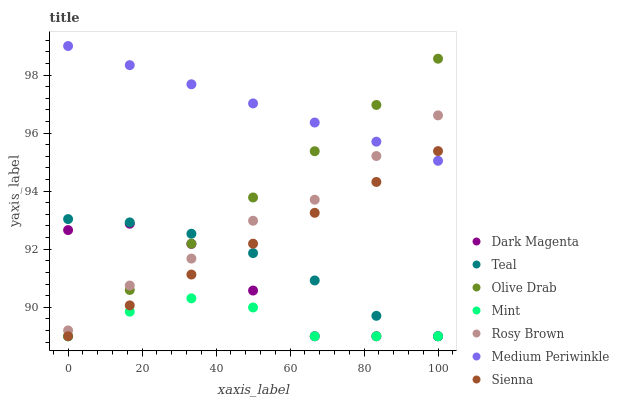
| xaxis_label | Dark Magenta | Teal | Olive Drab | Mint | Rosy Brown | Medium Periwinkle | Sienna |
 | --- | --- | --- | --- | --- | --- | --- | --- |
 | 0 | 92.7 | 93 | 89 | 89 | 89.2 | 99 | 89 |
 | 16.7 | 92.9 | 92.9 | 90.6 | 89.8 | 90.7 | 98.3 | 90.1 |
 | 33.3 | 92.2 | 92.5 | 92.2 | 90.3 | 91.7 | 97.7 | 91.1 |
 | 50 | 90.6 | 91.9 | 93.8 | 90 | 93 | 97 | 92.2 |
 | 66.7 | 89 | 90.9 | 95.4 | 89 | 93.7 | 96.4 | 93.3 |
 | 83.3 | 89 | 89.7 | 97 | 89 | 95.2 | 95.7 | 94.3 |
 | 100 | 89 | 89 | 98.6 | 89 | 96.6 | 95 | 95.4 |